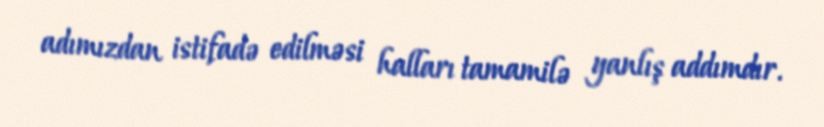
adımızdan istifadə edilməsi halları tamamilə yanlış addımdır.